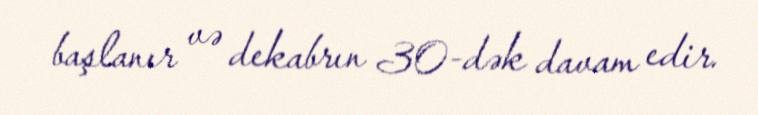
başlanır və dekabrın 30-dək davam edir.